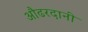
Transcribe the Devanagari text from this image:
औढरदानी